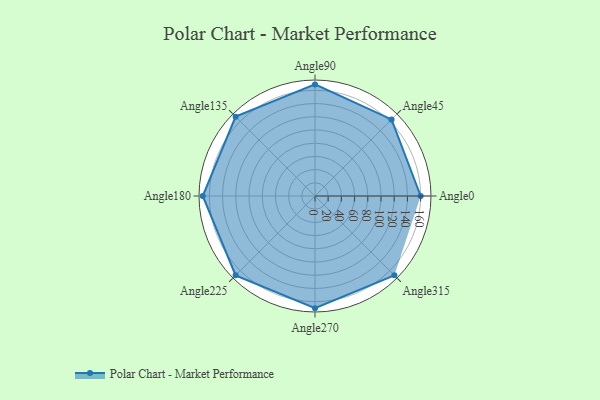
{"axis": {"x": "Angle", "y": "Radius"}, "legend": [""], "data": [{"x": "Angle0", "y": 160.0, "type": ""}, {"x": "Angle45", "y": 164.0, "type": ""}, {"x": "Angle90", "y": 169.0, "type": ""}, {"x": "Angle135", "y": 170, "type": ""}, {"x": "Angle180", "y": 170, "type": ""}, {"x": "Angle225", "y": 170, "type": ""}, {"x": "Angle270", "y": 170, "type": ""}, {"x": "Angle315", "y": 170, "type": ""}]}